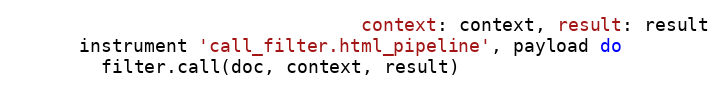
Language: Ruby
                                context: context, result: result
      instrument 'call_filter.html_pipeline', payload do
        filter.call(doc, context, result)